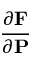
\frac { \partial \mathbf { F } } { \partial \mathbf { P } }